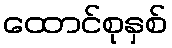
ထောင်စုနှစ်